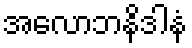
အလောဘနိဒါနံ